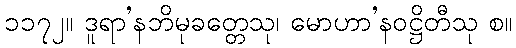
၁၁၇၂။ ဒူရာ’နဘိမုခတ္တေသု၊ မောဟာ’နဝဋ္ဌိတီသု စ။